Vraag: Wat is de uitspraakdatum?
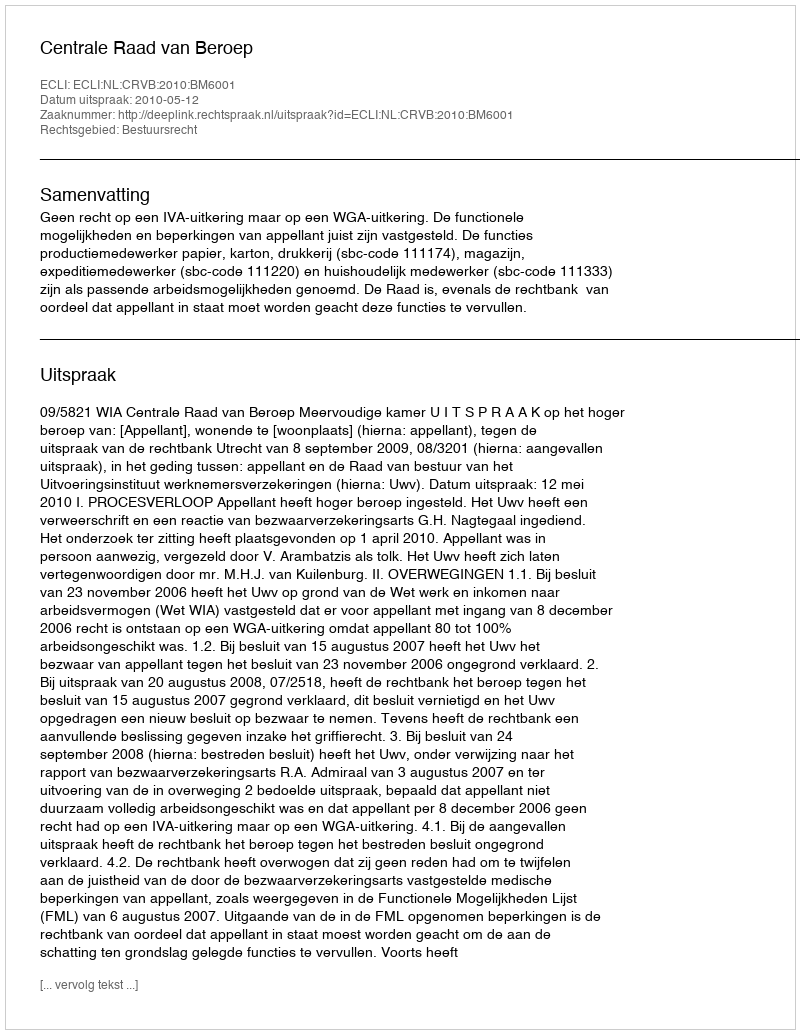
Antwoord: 2010-05-12